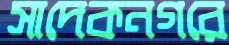
সাদেকনগরে